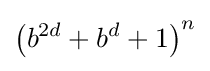
\left(b^{2d}+b^{d}+1\right)^{n}